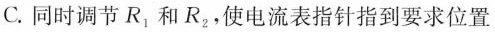
C.同时调节R_{1}和R_{2}，使电流表指针指到要求位置